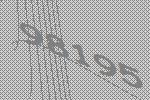
98195